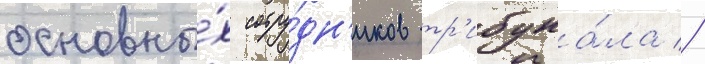
основны́х сотру́дн'иков тр'ибуна́ла //